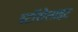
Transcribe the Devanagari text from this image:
स्टॉरोलाइट